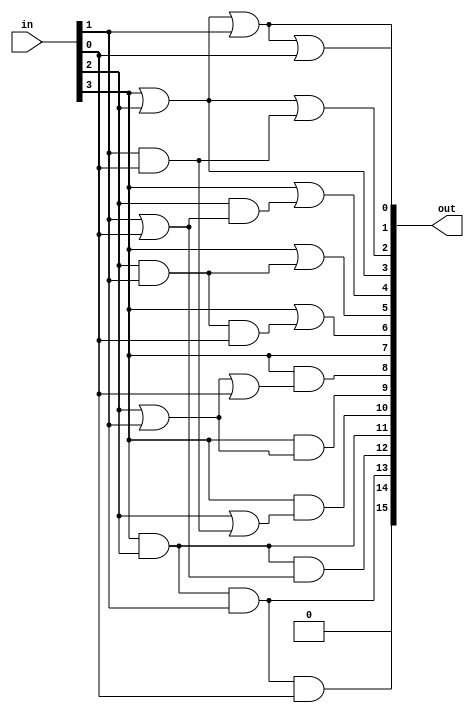
/*--  *******************************************************
--  Computer Architecture Course, Laboratory Sources 
--  Amirkabir University of Technology (Tehran Polytechnic)
--  Department of Computer Engineering (CE-AUT)
--  https://ce[dot]aut[dot]ac[dot]ir
--  *******************************************************
--  All Rights reserved (C) 2019-2020
--  *******************************************************
--  Student ID  : 
--  Student Name: 
--  Student Mail: 
--  *******************************************************
--  Additional Comments:
--
--*/

/*-----------------------------------------------------------
---  Module Name: Lighting System Utils
---  Description: Module4:
-----------------------------------------------------------*/
`timescale 1 ns/1 ns

/***********************************************************/
/************** Design Your Own Modules Below **************/

module Decoder4to16_less (
	input [3:0] in, 
	output [15:0] out
);

	assign out[0]  = in[3] | in[2] | in[1] | in[0];
	assign out[1]  = in[3] | in[2] | in[1];
	assign out[2]  = in[3] | in[2] | (in[1] & in[0]);
    assign out[3]  = in[3] | in[2];
    assign out[4]  = in[3] | (in[2] & (in[1] | in[0]));
    assign out[5]  = in[3] | (in[2] & in[1]);
    assign out[6]  = in[3] | (in[2] & in[1] & in[0]);
    assign out[7]  = in[3];
    assign out[8]  = in[3] & (in[2] | in[1] | in[0]);
    assign out[9]  = in[3] & (in[2] | in[1]);
    assign out[10] = in[3] & (in[2] | (in[1] & in[0]));
    assign out[11] = in[3] & in[2];
    assign out[12] = in[3] & in[2] & (in[1] | in[0]);
    assign out[13] = in[3] & in[2] & in[1];
    assign out[14] = in[3] & in[2] & in[1] & in[0];
    assign out[15] = 1'b0;
	 
endmodule
	
/************** Design Your Own Modules Above **************/
/***********************************************************/